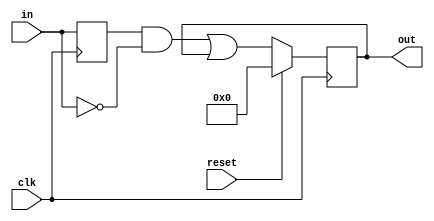
module top_module (
    input clk,
    input reset,
    input [31:0] in,
    output [31:0] out
);

reg [31:0] in_prev;
always @ (posedge clk) in_prev <= in;

wire [31:0] out_nxt = {32{in_prev & ~in}} | out_reg;

reg  [31:0] out_reg;
always @ (posedge clk) begin
    if (reset) out_reg <= 32'b0;
    else out_reg <= out_nxt;
end

assign out = out_reg;

endmodule